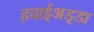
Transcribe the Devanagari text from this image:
हवाईअड़्डा